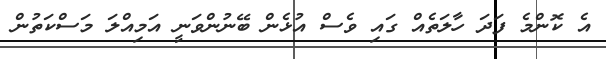
އެ ކޮންމެ ފަދަ ހާލަތެއް ގައި ވެސް އުޅެން ބޭނުންވަނީ އަމިއްލަ މަސްކަތުން